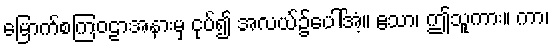
မြောက်စကြဝဠာအနားမှ ငုပ်၍ အလယ်၌ပေါ်အံ့။ ဧသာ၊ ဤသူကား။ ကာ၊